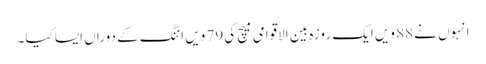
انہوں نے88 ویں ایک روزہ بین الاقوامی میچ کی79 ویں اننگ کے دوراں ایسا کیا۔